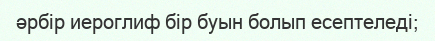
әрбір иероглиф бір буын болып есептеледі;